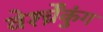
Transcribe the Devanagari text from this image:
वेर्श्च्रेंकुंग